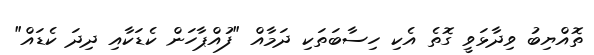
ތޮއްޔިބު ވިދާޅަވީ ގޮތެ އެކި ހިސާބަތަކި ދަމާއް "ފުއްޕާހަން ކެޑަކާއި ދިދަ ކެޑައް"